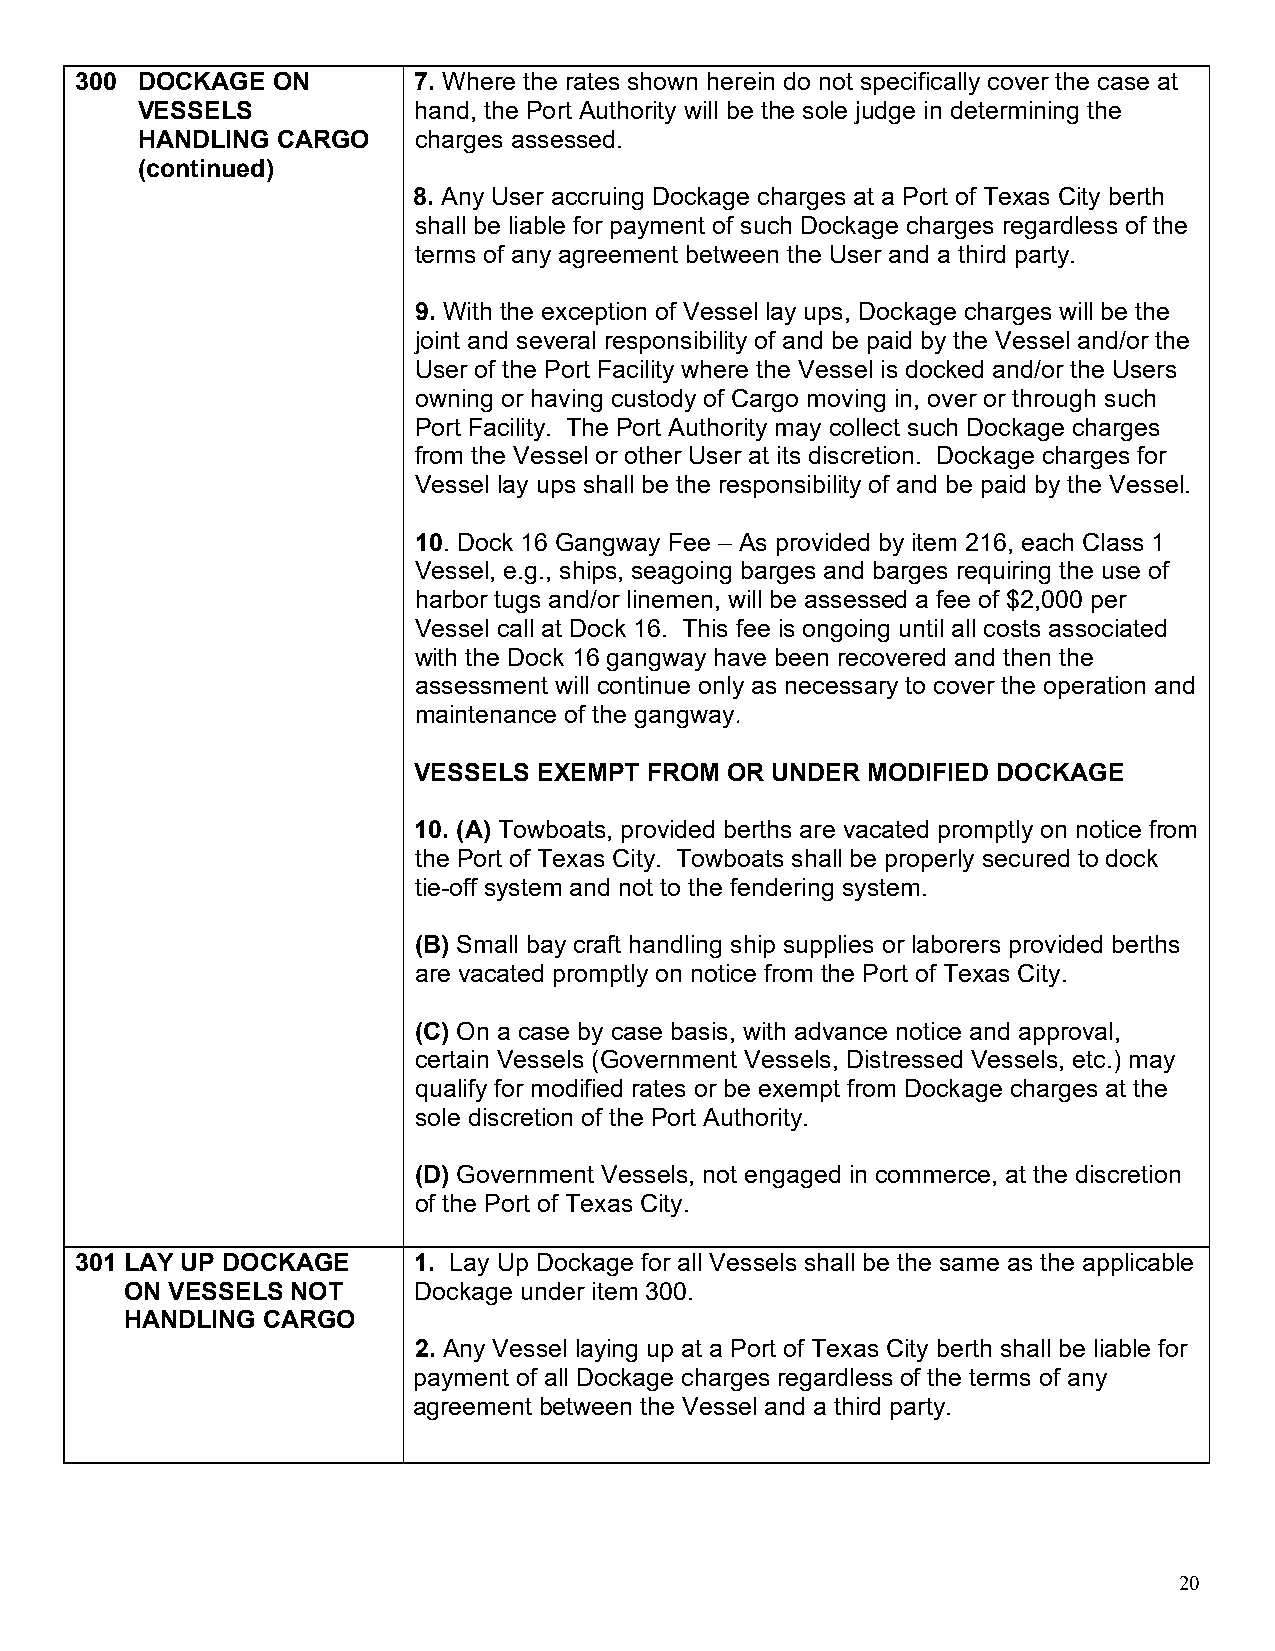
300 DOCKAGE  ON       7. Where the rates shown herein do not specifically cover the case at
 VESSELS           hand, the Port Authority will be the sole judge in determining the
 HANDLING CARGO    charges assessed.
 (continued)
 8. Any User accruing Dockage charges at a Port of Texas City berth
 shall be liable for payment of such Dockage charges regardless of the
 terms of any agreement between the User and a third party.
 9. With the exception of Vessel lay ups, Dockage charges will be the
 joint and several responsibility of and be paid by the Vessel and/or the
 User of the Port Facility where the Vessel is docked and/or the Users
 owning or having custody of Cargo moving in, over or through such
 Port Facility. The Port Authority may collect such Dockage charges
 from the Vessel or other User at its discretion. Dockage charges for
 Vessel lay ups shall be the responsibility of and be paid by the Vessel.
 10. Dock 16 Gangway Fee – As provided by item 216, each Class 1
 Vessel, e.g., ships, seagoing barges and barges requiring the use of
 harbor tugs and/or linemen, will be assessed a fee of $2,000 per
 Vessel call at Dock 16. This fee is ongoing until all costs associated
 with the Dock 16 gangway have been recovered and then the
 assessment will continue only as necessary to cover the operation and
 maintenance of the gangway.
 VESSELS  EXEMPT FROM OR UNDER MODIFIED DOCKAGE
 10. (A) Towboats, provided berths are vacated promptly on notice from
 the Port of Texas City. Towboats shall be properly secured to dock
 tie-off system and not to the fendering system.
 (B) Small bay craft handling ship supplies or laborers provided berths
 are vacated promptly on notice from the Port of Texas City.
 (C) On a case by case basis, with advance notice and approval,
 certain Vessels (Government Vessels, Distressed Vessels, etc.) may
 qualify for modified rates or be exempt from Dockage charges at the
 sole discretion of the Port Authority.
 (D) Government Vessels, not engaged in commerce, at the discretion
 of the Port of Texas City.
 301 LAY UP DOCKAGE    1. Lay Up Dockage for all Vessels shall be the same as the applicable
 ON VESSELS NOT     Dockage under item 300.
 HANDLING CARGO
 2. Any Vessel laying up at a Port of Texas City berth shall be liable for
 payment of all Dockage charges regardless of the terms of any
 agreement between the Vessel and a third party.
 20